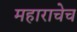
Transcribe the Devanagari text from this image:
महाराचेच